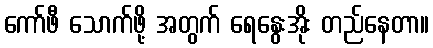
ကော်ဖီ သောက်ဖို့ အတွက် ရေနွေးအိုး တည်နေတာ။